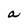
Character: a